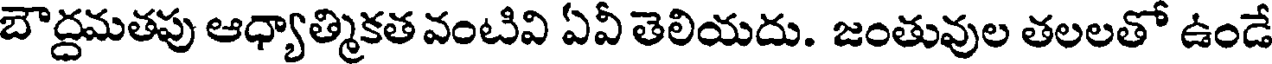
బౌద్దమతపు ఆధ్యాత్మికత వంటివి ఏవీ తెలియదు. జంతువుల తలలతో ఉండే